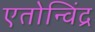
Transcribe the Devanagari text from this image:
एतोन्विंद्र